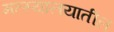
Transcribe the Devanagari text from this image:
मत्स्यालयातील